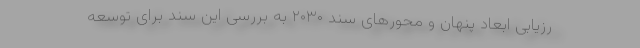
رزیابی ابعاد پنهان و محورهای سند ۲۰۳۰ به بررسی این سند برای توسعه